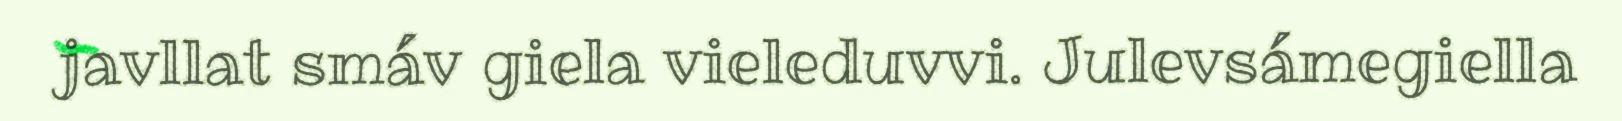
javllat smáv giela vieleduvvi. Julevsámegiella